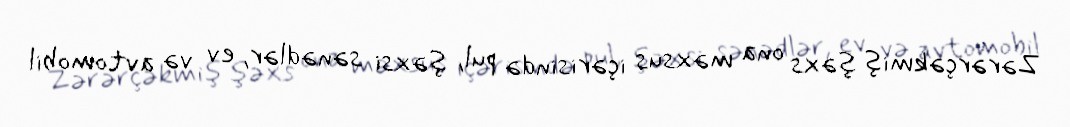
Zərərçəkmiş şəxs ona məxsus içərisində pul, şəxsi sənədlər, ev və avtomobil